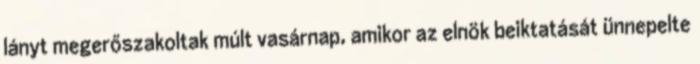
lányt megerőszakoltak múlt vasárnap, amikor az elnök beiktatását ünnepelte